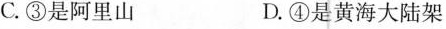
C.③是阿里山 D.④是黄海大陆架